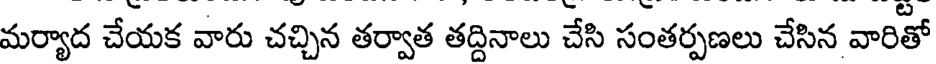
మర్యాద చేయక వారు చచ్చిన తర్వాత తద్దినాలు చేసి సంతర్పణలు చేసిన వారితో